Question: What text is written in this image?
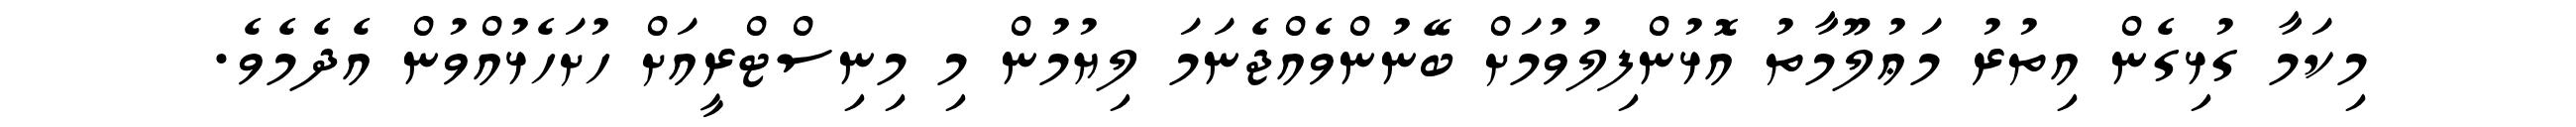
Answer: މިކަމާ ގުޅިގެން އިތުރު މަޢުލޫމާތު އޮޅުންފިލުވުމަށް ބޭނުންވެއްޖެނަމަ ލިޔުމުން މި މިނިސްޓްރީއަށް ހުށަހެޅުއްވުން އެދެމެވެ.